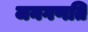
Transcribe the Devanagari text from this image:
जनगणति